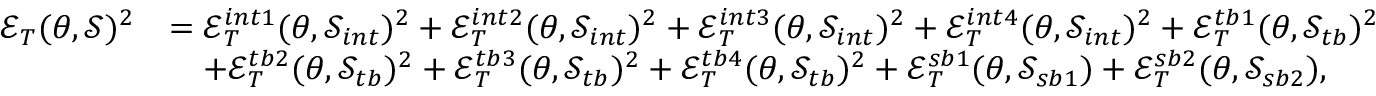
\begin{array} { r l } { \mathcal { E } _ { T } ( \theta , \mathcal { S } ) ^ { 2 } } & { = \mathcal { E } _ { T } ^ { i n t 1 } ( \theta , \mathcal { S } _ { i n t } ) ^ { 2 } + \mathcal { E } _ { T } ^ { i n t 2 } ( \theta , \mathcal { S } _ { i n t } ) ^ { 2 } + \mathcal { E } _ { T } ^ { i n t 3 } ( \theta , \mathcal { S } _ { i n t } ) ^ { 2 } + \mathcal { E } _ { T } ^ { i n t 4 } ( \theta , \mathcal { S } _ { i n t } ) ^ { 2 } + \mathcal { E } _ { T } ^ { t b 1 } ( \theta , \mathcal { S } _ { t b } ) ^ { 2 } } \\ & { \quad + \mathcal { E } _ { T } ^ { t b 2 } ( \theta , \mathcal { S } _ { t b } ) ^ { 2 } + \mathcal { E } _ { T } ^ { t b 3 } ( \theta , \mathcal { S } _ { t b } ) ^ { 2 } + \mathcal { E } _ { T } ^ { t b 4 } ( \theta , \mathcal { S } _ { t b } ) ^ { 2 } + \mathcal { E } _ { T } ^ { s b 1 } ( \theta , \mathcal { S } _ { s b 1 } ) + \mathcal { E } _ { T } ^ { s b 2 } ( \theta , \mathcal { S } _ { s b 2 } ) , } \end{array}